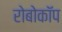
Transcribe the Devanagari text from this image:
रोबोकाॅप